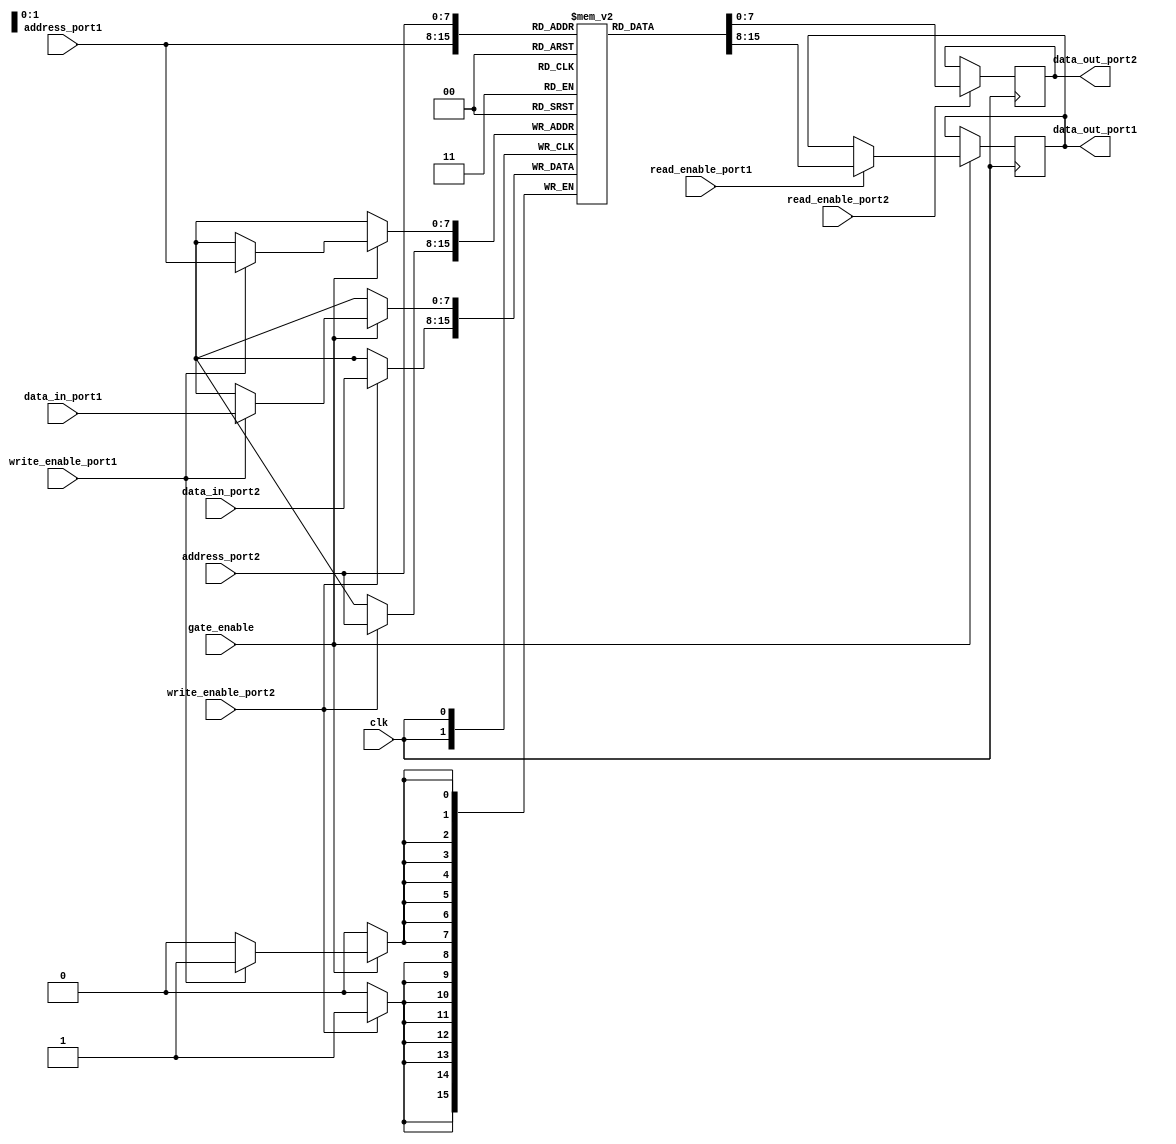
module dual_port_ram(
  input wire clk,
  input wire [7:0] address_port1,
  input wire [7:0] data_in_port1,
  input wire read_enable_port1,
  input wire write_enable_port1,
  input wire gate_enable,
  output reg [7:0] data_out_port1,

  input wire [7:0] address_port2,
  input wire [7:0] data_in_port2,
  input wire read_enable_port2,
  input wire write_enable_port2,
  output reg [7:0] data_out_port2
);

reg [7:0] ram [255:0];

always @(posedge clk) begin
  if(gate_enable) begin
    if(read_enable_port1) begin
      data_out_port1 <= ram[address_port1];
    end
    if(write_enable_port1) begin
      ram[address_port1] <= data_in_port1;
    end
  end

  if(read_enable_port2) begin
    data_out_port2 <= ram[address_port2];
  end
  if(write_enable_port2) begin
    ram[address_port2] <= data_in_port2;
  end
end

endmodule